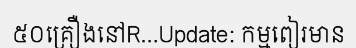
៥០គ្រឿងនៅR...Update: កម្មពៀរមាន